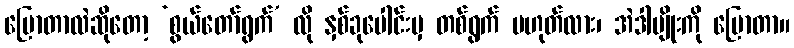
ပြောတာလဲဆိုတော့ ‘စွယ်တော်ရွက်’ လို နှစ်ခုပေါင်းမှ တစ်ရွက် မဟုတ်လား၊ အဲဒါမျိုးကို ပြောတာ။